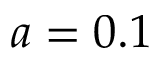
a = 0 . 1